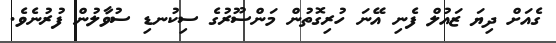
ގެއަށް ދިޔަ ޒައުލް ފެނި އޭނަ ހުރިގޮތުން މަންސޫރުގެ ސިކުނޑި ސުވާލުން ފުރުނެވެ.